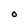
Character: O